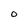
Character: O